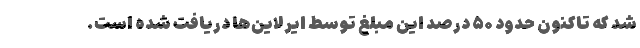
شد که تاکنون حدود ۵۰ درصد این مبلغ توسط ایرلاین‌ها دریافت شده است.